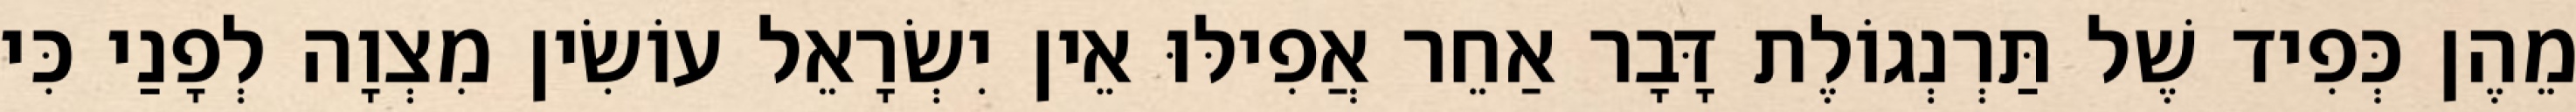
מֵהֶן כְּפִיד שֶׁל תַּרְנְגוֹלֶת דָּבָר אַחֵר אֲפִילּוּ אֵין יִשְׂרָאֵל עוֹשִׂין מִצְוָה לְפָנַי כִּי